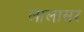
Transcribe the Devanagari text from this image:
लालासर